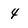
Character: 4